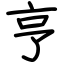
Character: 亨